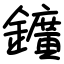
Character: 鑛